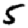
Digit: 5